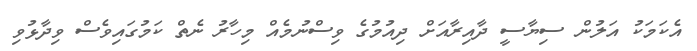
އެކަމަކު އަލުން ސިޔާސީ ދާއިރާއަށް ދިއުމުގެ ވިސްނުމެއް މިހާރު ނެތް ކަމުގައިވެސް ވިދާޅުވި